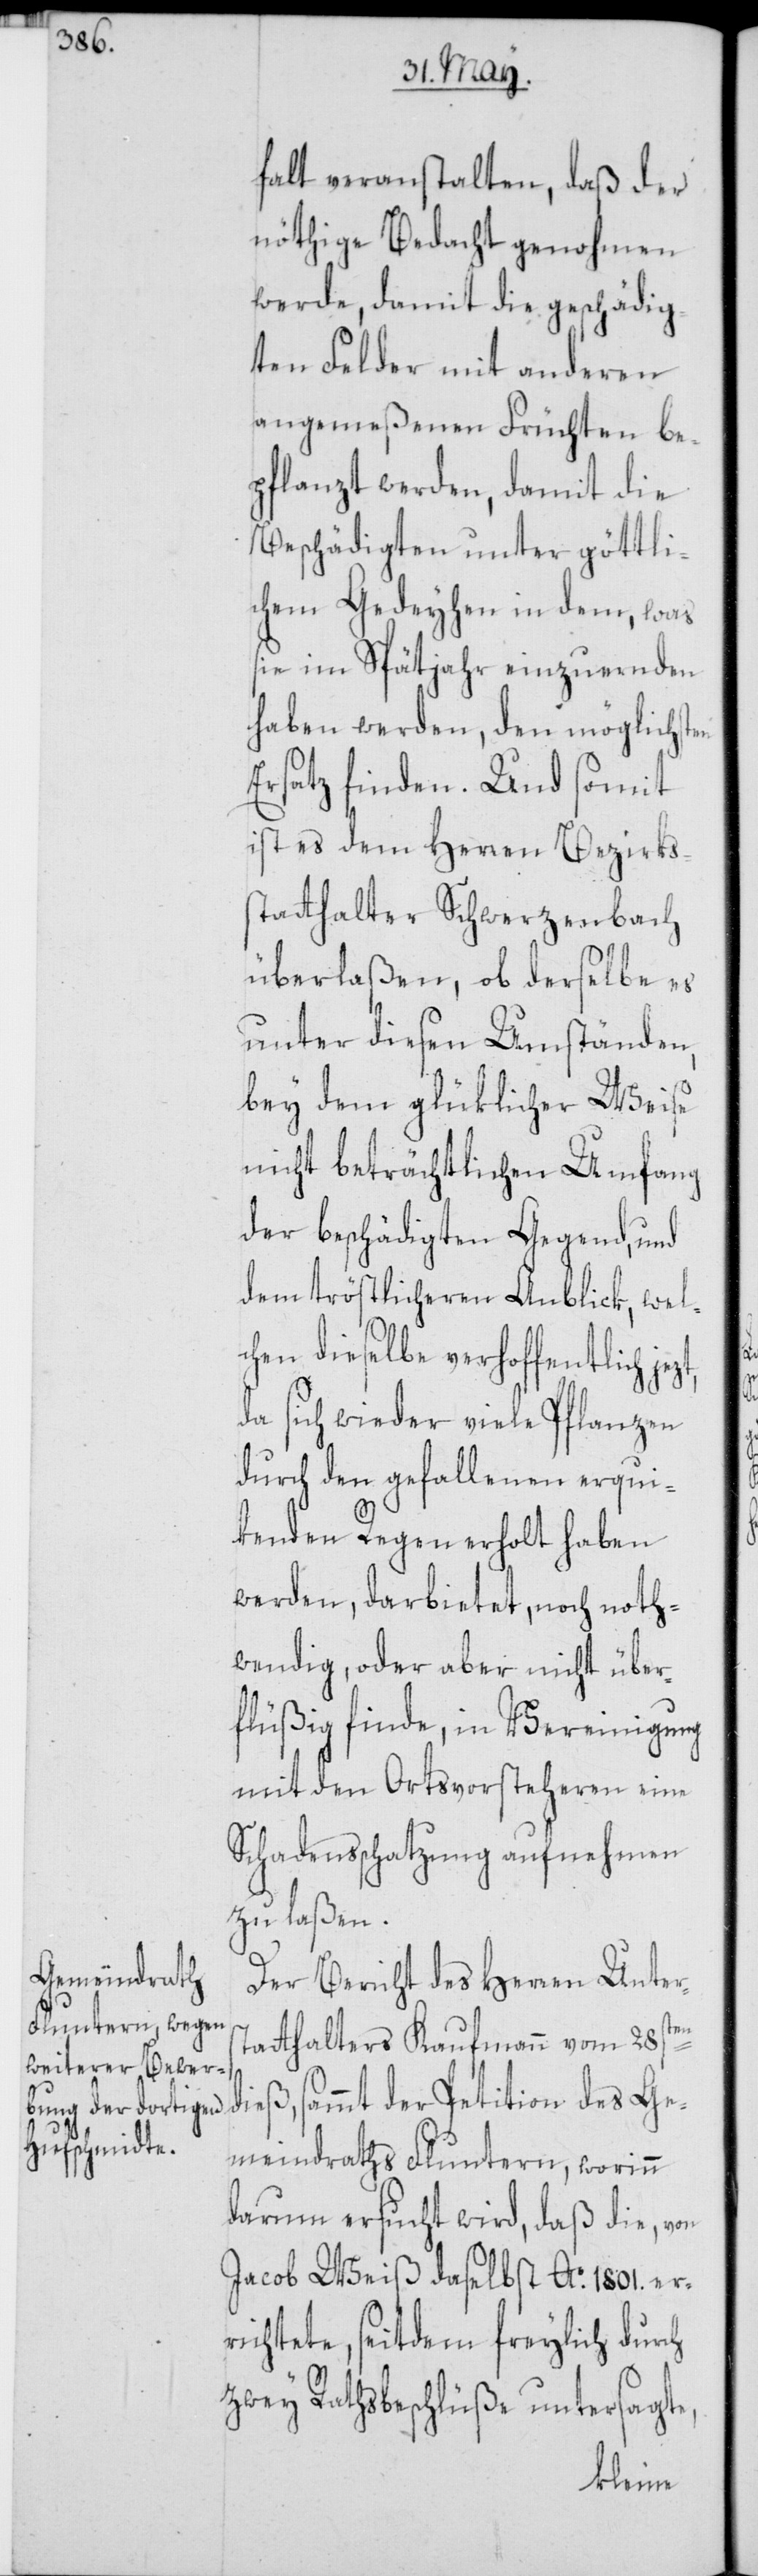
falt veranstalten, daß der
nöthige Bedacht genohmen
werde, damit die geschädig¬
ten Felder mit anderen
angemeßenen Früchten be¬
pflanzt werden, damit die
Beschädigten unter göttli¬
chem Gedeyhen in dem, was
sie im Spätjahr einzuernden
haben werden, den möglichsten
Ersatz finden. Und somit
ist es dem Herren Bezirks¬
statthalter Schwerzenbach
überlaßen, ob derselbe es
unter diesen Umständen,
bey dem glüklicher Weise
nicht beträchtlichen Umfang
der beschädigten Gegend, und
dem tröstlicheren Anblik, wel¬
chen dieselbe verhoffentlich jez¬
da sich wieder viele Pflanzen
durch den gefallenen erqui¬
kenden Regen erholt haben
werden, darbietet, noch noth¬
wendig, oder aber nicht über¬
flüßig finde, in Vereinigung
mit den Ortsvorsteheren eine
Schadensschatzung aufnehmen
zu laßen.
Der Bericht des Herren Unter¬
d¬
tatthalters Kaufmann vom 28sten
ieß, sammt der Petition des Ge¬
meindraths Fluntern, worinn
darum ersucht wird, daß die, von
Jacob Weiß daselbst Ao. 1801. er¬
richtete, seitdem freylich durch
zwey Rathsbeschlüße untersagte,